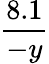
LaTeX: \frac{8.1}{-y}